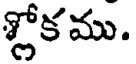
శ్లోకము.